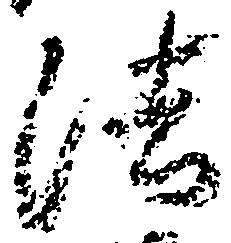
法